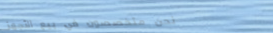
نحن متخصصون في بيع الأجهز